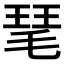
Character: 𤦖